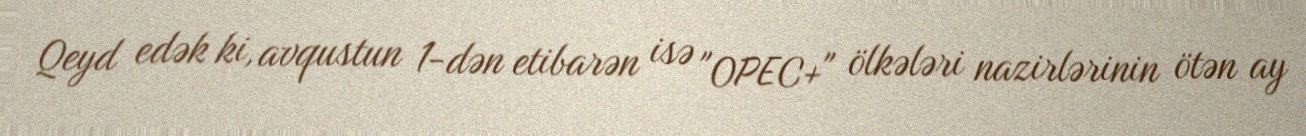
Qeyd edək ki, avqustun 1-dən etibarən isə "OPEC+" ölkələri nazirlərinin ötən ay